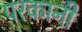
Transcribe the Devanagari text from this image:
परकानी